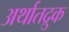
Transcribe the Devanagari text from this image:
अर्थातद्रुक